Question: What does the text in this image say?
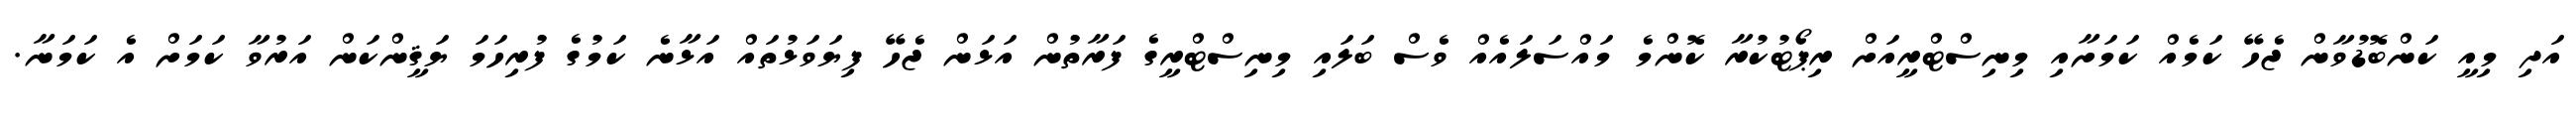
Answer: އަދި މިއީ ކަންބޮޑުވާން ޖެހޭ ކަމެއް ކަމަށާއި މިނިސްޓްރީއަށް ރިޕޯޓުކުރާ ކޮންމެ މައްސަލައެއް ވެސް ބަލައި މިނިސްޓްރީގެ ފަރާތުން އަޅަން ޖެހޭ ފިޔަވަޅުތައް އަޅާނެ ކަމުގެ ފުރިހަމަ ޔަޤީންކަން އަރުވާ ކަމަށް އެ ކަމަނާ.